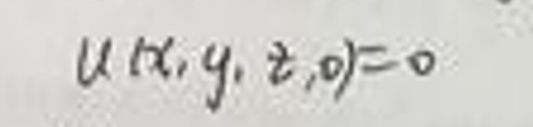
\[u(x,y,z,0) = 0\]